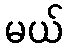
မယ်